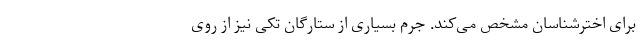
برای اخترشناسان مشخص می‌کند. جرم بسیاری از ستارگان تکی نیز از روی